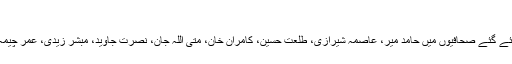
‘
اس مہم میں ٹارگٹ بنائے گئے صحافیوں میں حامد میر، عاصمہ شیرازی، طلعت حسین، کامران خان، متی اللہ جان، نصرت جاوید، مبشر زیدی، عمر چیمہ اور دیگر شامل تھے۔